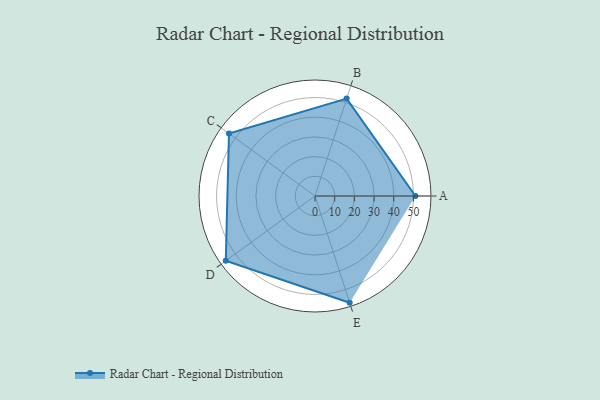
{"axis": {"x": "Skill", "y": "Score"}, "legend": ["Profile"], "data": [{"x": "A", "y": 51.0, "type": "Profile"}, {"x": "B", "y": 52.0, "type": "Profile"}, {"x": "C", "y": 54.0, "type": "Profile"}, {"x": "D", "y": 56.0, "type": "Profile"}, {"x": "E", "y": 57.0, "type": "Profile"}]}